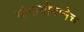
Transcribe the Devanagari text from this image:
योगायोगानेच